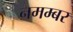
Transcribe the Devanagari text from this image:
नमम्बर